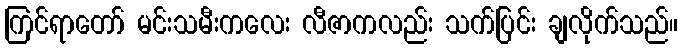
ကြင်ရာတော် မင်းသမီးကလေး လီဇာကလည်း သက်ပြင်း ချလိုက်သည်။